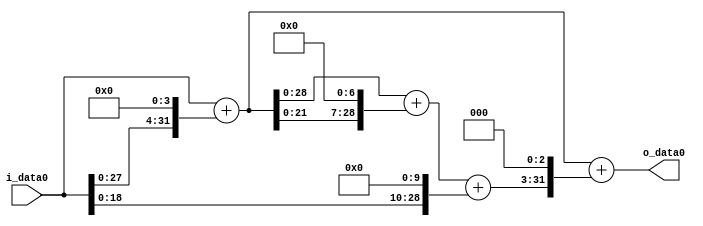
module multiplier_block (
    i_data0,
    o_data0
);

  // Port mode declarations:
  input   [31:0] i_data0;
  output  [31:0]
    o_data0;

  //Multipliers:

  wire [31:0]
    w1,
    w16,
    w17,
    w2176,
    w2193,
    w1024,
    w3217,
    w25736,
    w25753;

  assign w1 = i_data0;
  assign w1024 = w1 << 10;
  assign w16 = w1 << 4;
  assign w17 = w1 + w16;
  assign w2176 = w17 << 7;
  assign w2193 = w17 + w2176;
  assign w25736 = w3217 << 3;
  assign w25753 = w17 + w25736;
  assign w3217 = w2193 + w1024;

  assign o_data0 = w25753;

  //multiplier_block area estimate = 5987.52014169412;
endmodule